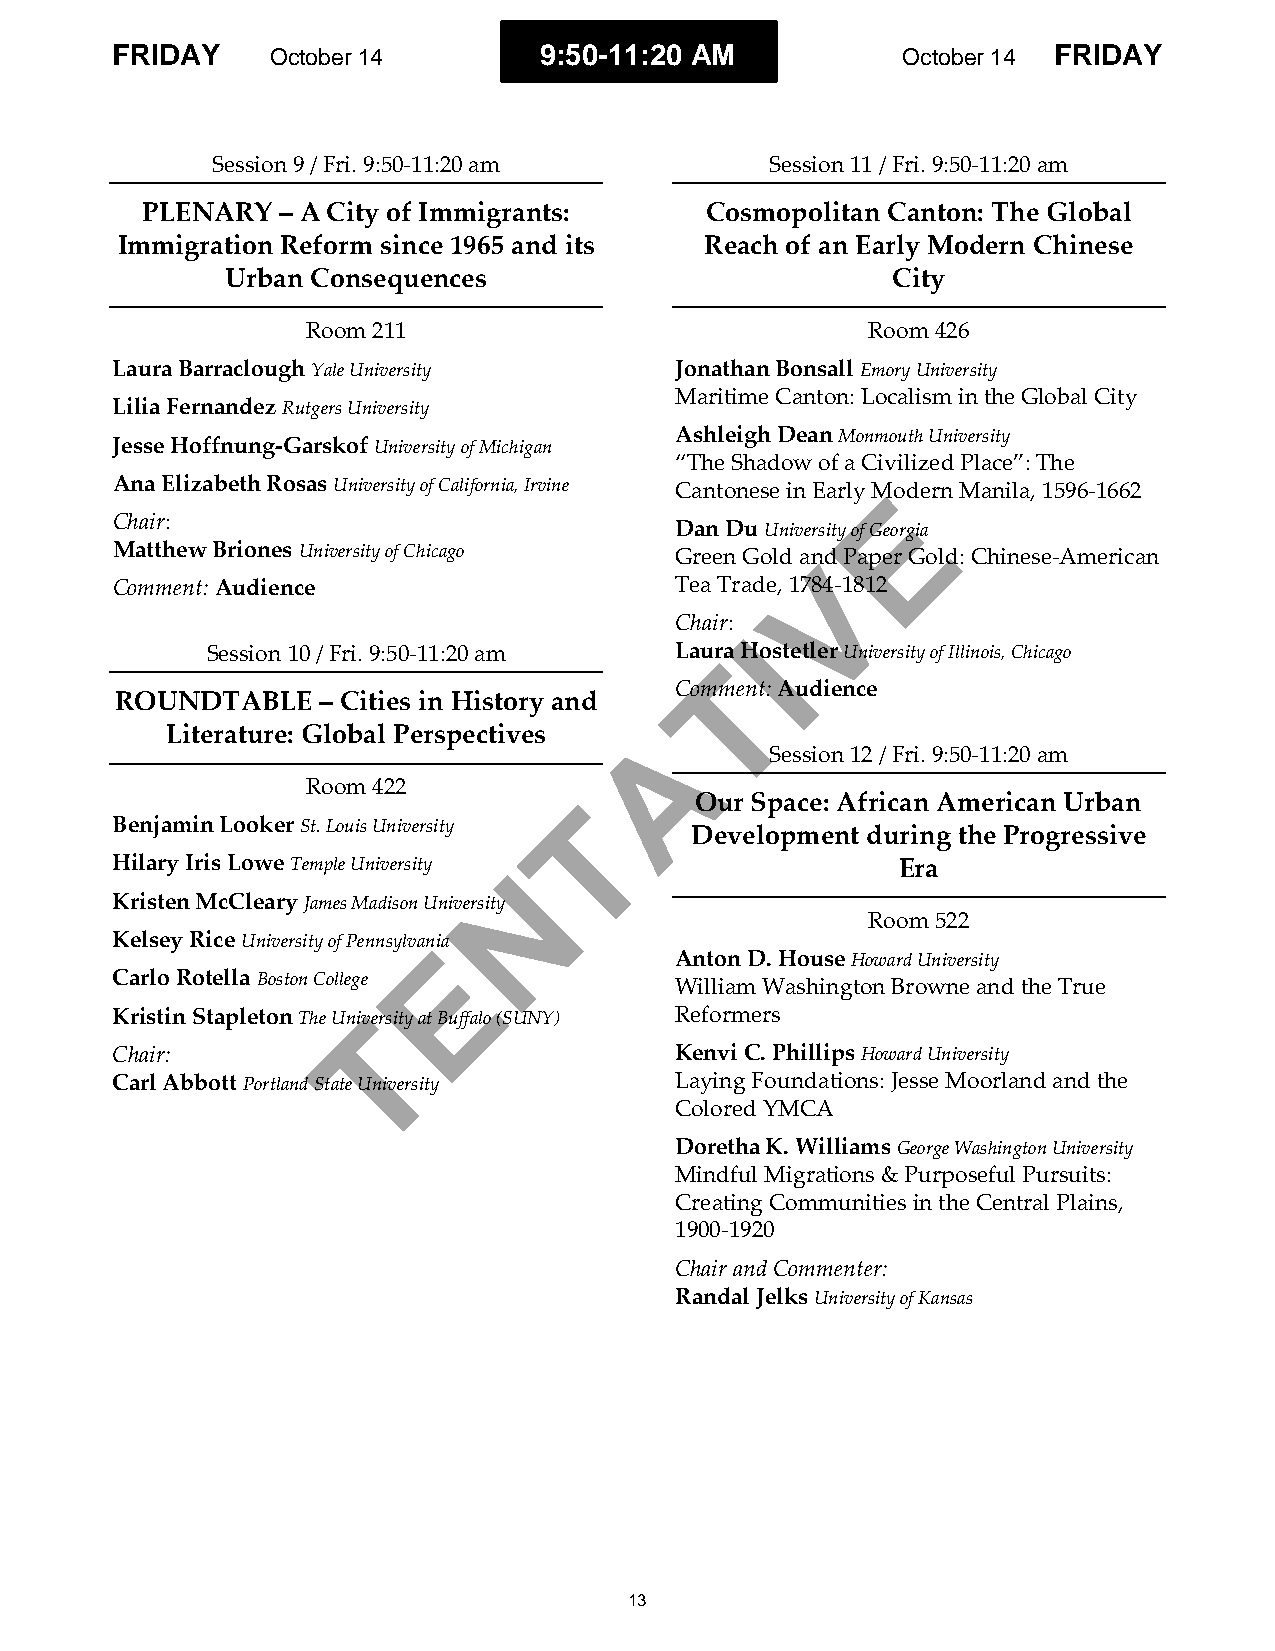
FRIDAY     October 14        9:50-11:20 AM           October 14 FRIDAY
 Session 9 / Fri. 9:50-11:20 am       Session 11 / Fri. 9:50-11:20 am
 PLENARY  – A City of Immigrants:      Cosmopolitan Canton: The Global
 Immigration Reform since 1965 and its  Reach of an Early Modern Chinese
 Urban Consequences                          City
 Room 211                             Room 426
 Laura Barraclough Yale University     Jonathan Bonsall Emory University
 Maritime Canton: Localism in the Global City
 Lilia Fernandez Rutgers University
 Ashleigh Dean Monmouth University
 Jesse Hoffnung-Garskof University of Michigan
 “The Shadow of a Civilized Place”: The
 Ana Elizabeth Rosas University of California, Irvine Cantonese in Early MEodern Manila, 1596-1662
 Chair:
 Dan Du University of Georgia
 Matthew Briones University of Chicago Green Gold anVd Paper Gold: Chinese-American
 Comment: Audience                     Tea Trade, 1784-1812
 Chair:
 I
 Session 10 / Fri. 9:50-11:20 am Laura Hostetler University of Illinois, Chicago
 T
 Comment: Audience
 ROUNDTABLE   – Cities in History and
 Literature: Global Perspectives A
 Session 12 / Fri. 9:50-11:20 am
 Room 422
 T       Our Space: African American Urban
 Benjamin Looker St. Louis University   Development during the Progressive
 Hilary Iris Lowe Temple University N                Era
 Kristen McCleary James Madison University
 Room 522
 Kelsey Rice University of PennsylvanEia
 Anton D. House Howard University
 Carlo Rotella Boston College          William Washington Browne and the True
 Kristin Stapleton The UniTversity at Buffalo (SUNY) Reformers
 Chair:                                Kenvi C. Phillips Howard University
 Carl Abbott Portland State University Laying Foundations: Jesse Moorland and the
 Colored YMCA
 Doretha K. Williams George Washington University
 Mindful Migrations & Purposeful Pursuits:
 Creating Communities in the Central Plains,
 1900-1920
 Chair and Commenter:
 Randal Jelks University of Kansas
 13